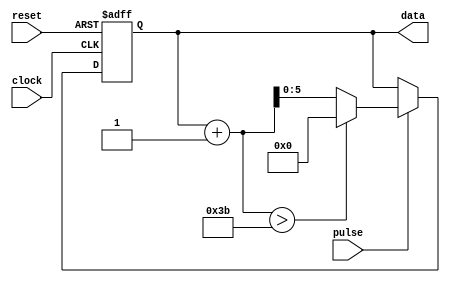
module pulse_inc_cnt(reset, clock, pulse, data);

	input reset;
	input clock;
	input pulse;
	output [data_width-1:0] data;

	reg [data_width-1:0] data;

	parameter data_width = 6;	// the width of output data
	parameter max_cnt = 59;		// the max counter of increasement
	parameter inc_step = 1;		// the step of increasement

	always @(posedge clock or negedge reset)
	begin
		if (!reset)
			data <= 0;
		else
		begin
			// pulse mode, register increase 1 and handle carry
			if (pulse)
			begin
				if (data + inc_step > max_cnt) 
					data <= 0;
				// no carry, register only increase 1
				else
					data <= data + inc_step;
			end
			// normal mode, just like a normal register
			else
				data <= data;
		end
	end

endmodule